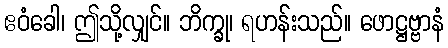
ဧဝံခေါ၊ ဤသို့လျှင်။ ဘိက္ခု၊ ရဟန်းသည်။ ဖောဋ္ဌဗ္ဗာနံ